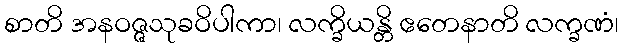
စာတိ အနဝဇ္ဇသုခဝိပါကာ၊ လက္ခိယန္တိ ဧတေနာတိ လက္ခဏံ၊